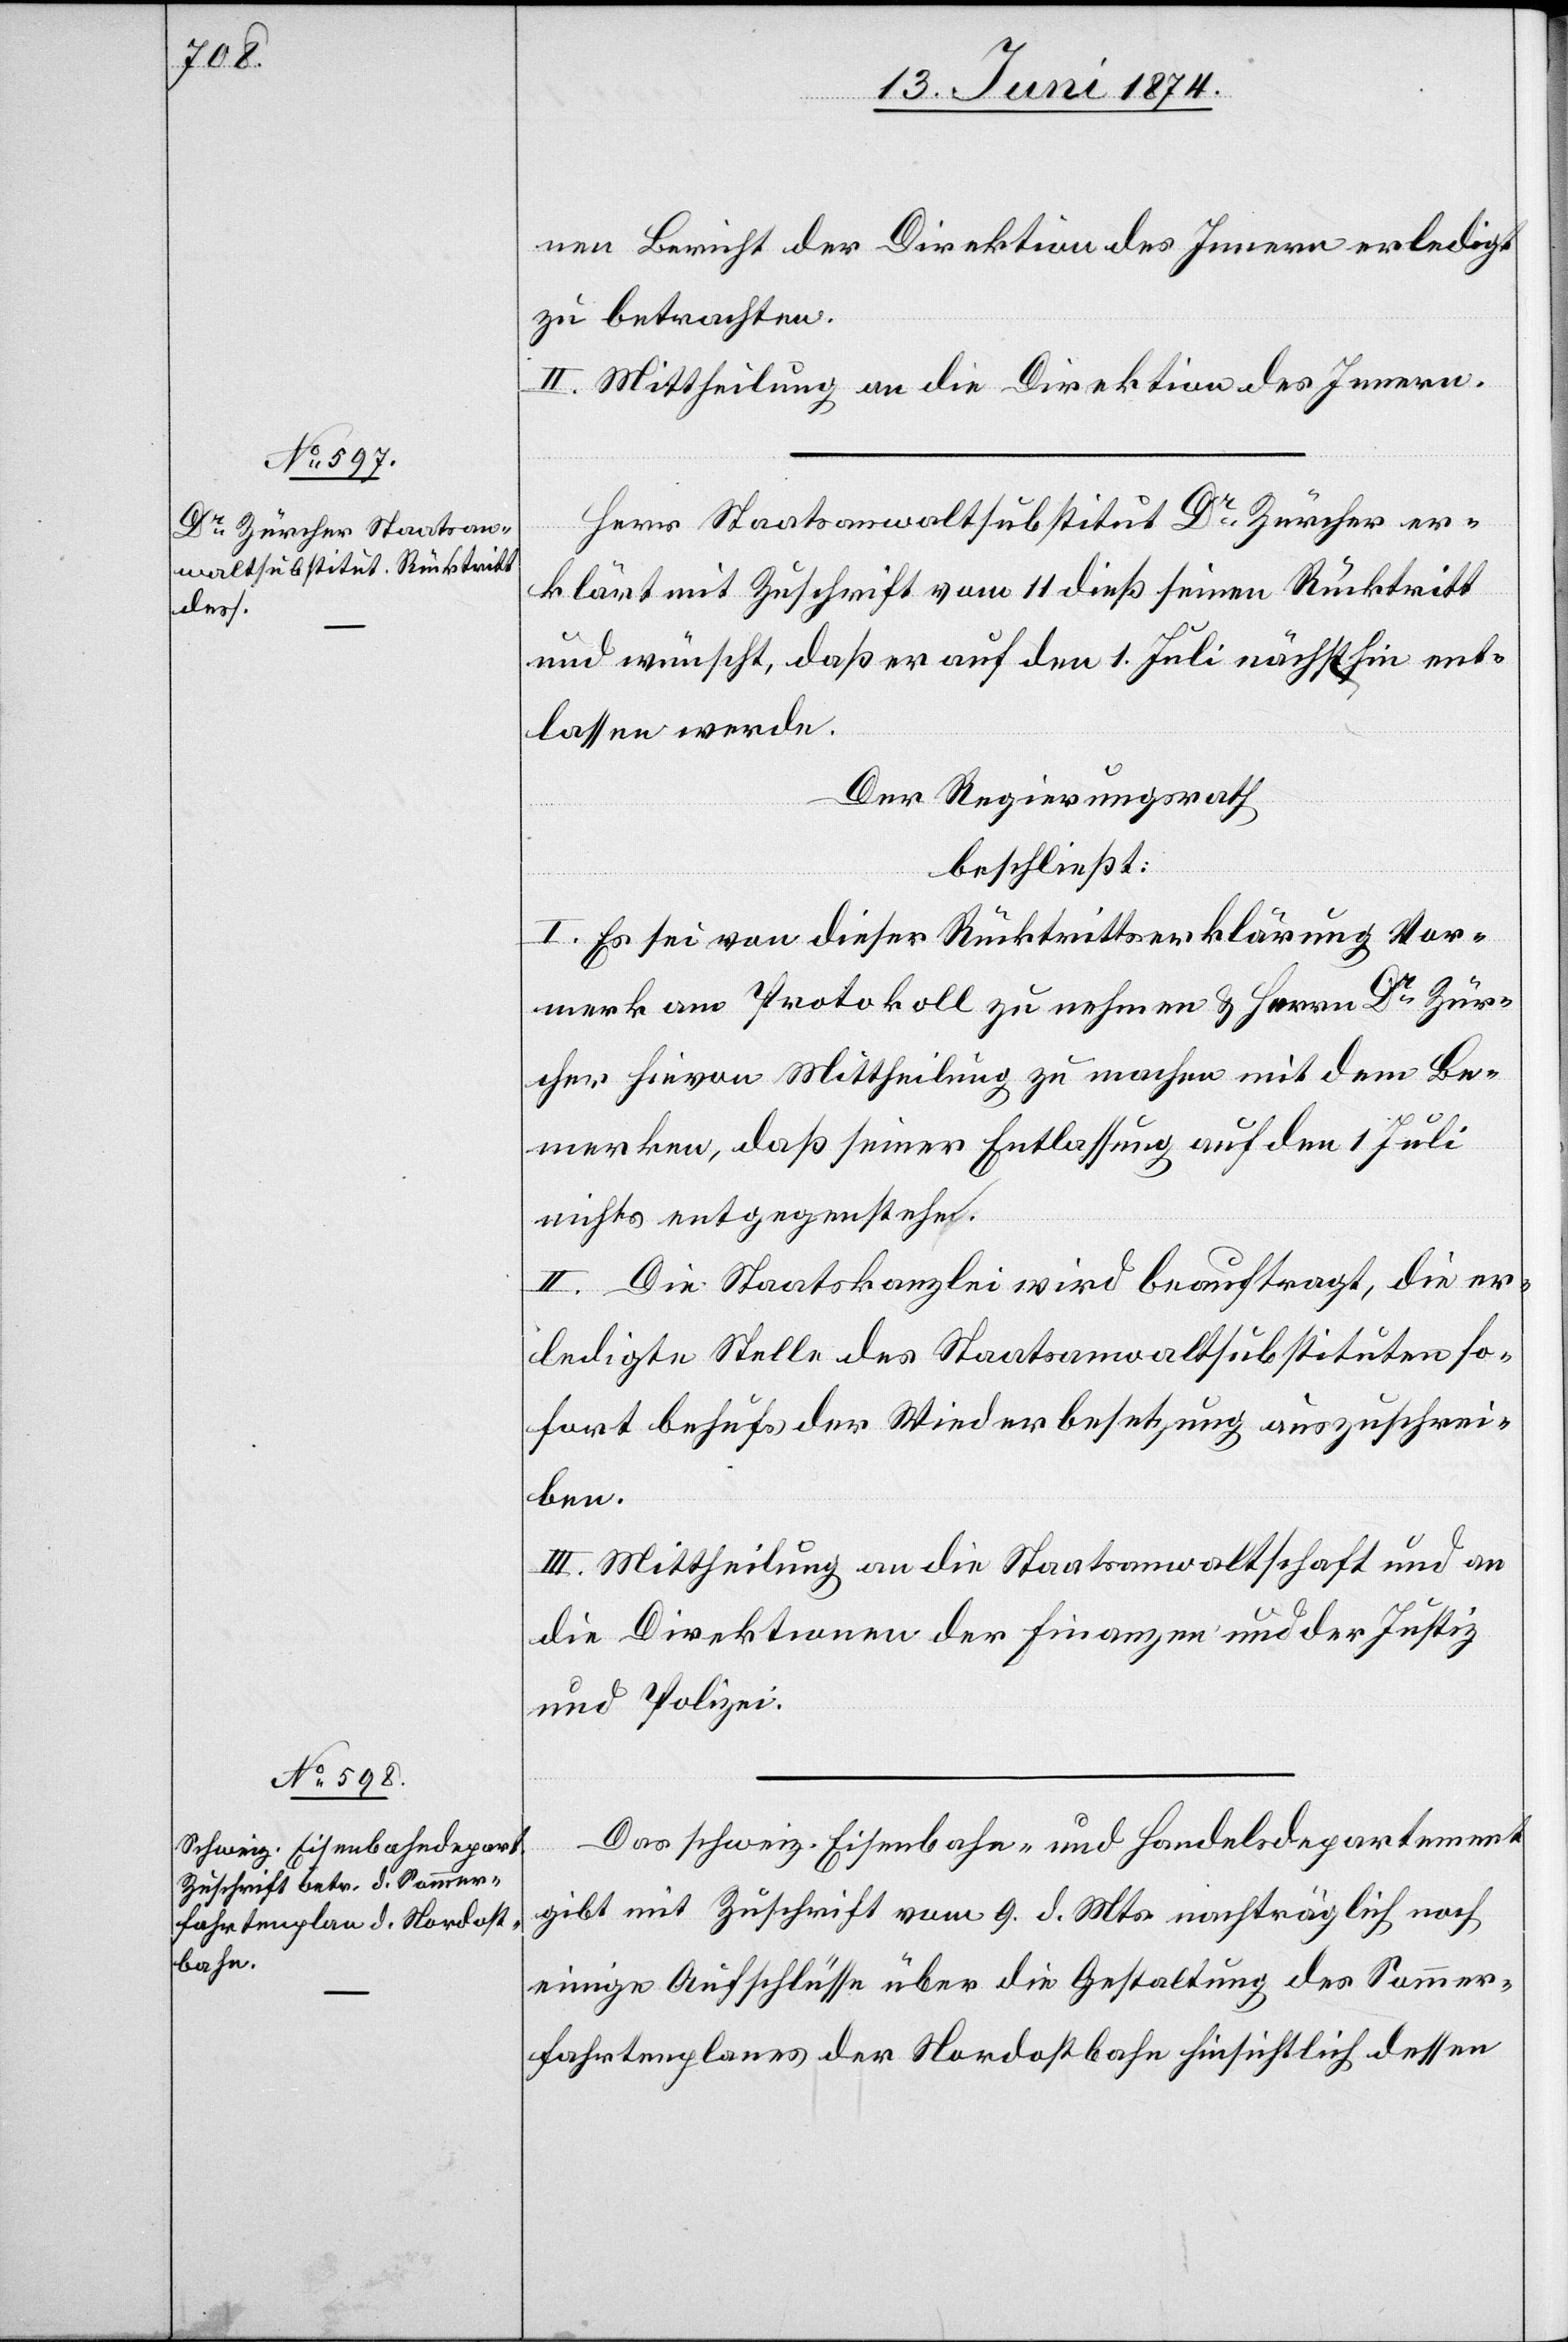
nen Bericht der Direktion des Innern erledigt
zu betrachten.
II. Mittheilung an die Direktion des Innern.
Herr Staatsanwaltsubstitut Dr Zürcher er¬
klärt mit Zuschrift vom 11. dieß seinen Rücktritt
und wünscht, daß er auf den 1. Juli nächsthin ent¬
lassen werde.
Der Regierungsrath
beschließt:
I. Es sei von dieser Rücktrittserklärung Vor¬
merk am Protokoll zu nehmen u. Herrn Dr Zür¬
cher hievon Mittheilung zu machen mit dem Be¬
merken, daß seiner Entlassung auf den 1. Juli
nichts entgegenstehe.
II. Die Staatskanzlei wird beauftragt, die er¬
ledigte Stelle des Staatsanwaltsubstituten so¬
fort behufs der Wiederbesetzung auszuschrei¬
ben.
III. Mittheilung an die Staatsanwaltschaft und an
die Direktionen der Finanzen und der Justiz
und Polizei.
Das schweiz. Eisenbahn- und Handelsdepartement
gibt mit Zuschrift vom 9. d. Mts. nachträglich noch
einige Aufschlüsse über die Gestaltung des Sommer¬
fahrtenplanes der Nordostbahn hinsichtlich dessen